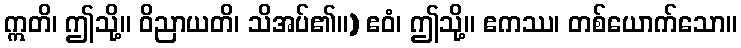
ဣတိ၊ ဤသို့။ ဝိညာယတိ၊ သိအပ်၏။) ဧဝံ၊ ဤသို့။ ဧကဿ၊ တစ်ယောက်သော။